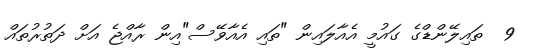
9  ތައިލޭންޑްގެ ގައުމީ އެއާލައިން "ތައި އެއާވޭސް"އިން ރާއްޖެ އަށް ދަތުރުތައް